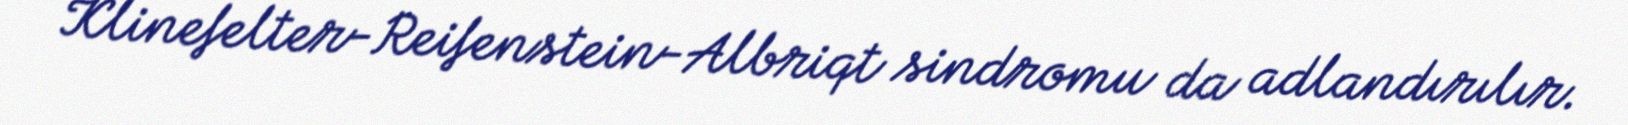
Klinefelter-Reifenstein-Albriqt sindromu da adlandırılır.